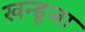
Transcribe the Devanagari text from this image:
खन्डूजा